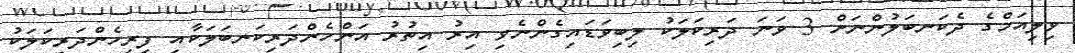
ވިލިއަމްގެ ދެކަނބަލުންނަށް 3 ވަނަ ދަރިކަލަކު ލިބިވަޑައިގެންނެވި އިރު އިތުރު އަންހެންދަރިކަނބަލަކާއި ފިރިހެންދަރިކަލަކު